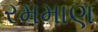
રમમાણ